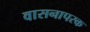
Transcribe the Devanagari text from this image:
वासनापरक